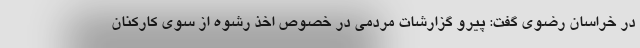
در خراسان رضوی گفت: پیرو گزارشات مردمی در خصوص اخذ رشوه از سوی کارکنان